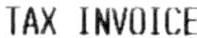
TAX INVOICE